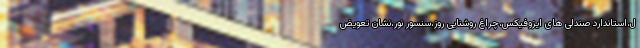
ل،استاندارد صندلی های ایزوفیکس،چراغ روشنایی روز،سنسور نور،نشان تعویض